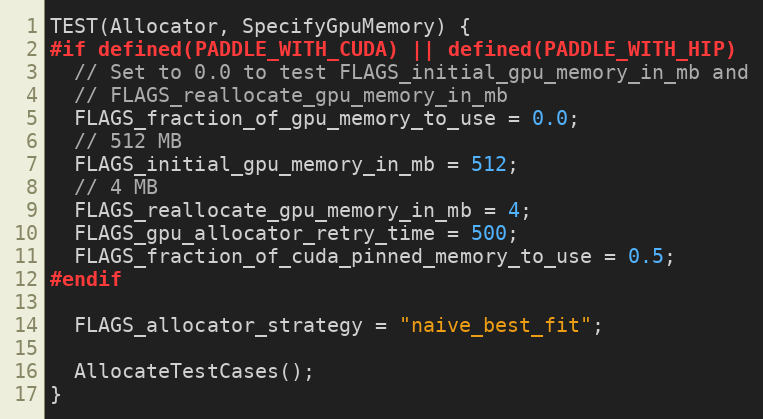
Language: C++
TEST(Allocator, SpecifyGpuMemory) {
#if defined(PADDLE_WITH_CUDA) || defined(PADDLE_WITH_HIP)
  // Set to 0.0 to test FLAGS_initial_gpu_memory_in_mb and
  // FLAGS_reallocate_gpu_memory_in_mb
  FLAGS_fraction_of_gpu_memory_to_use = 0.0;
  // 512 MB
  FLAGS_initial_gpu_memory_in_mb = 512;
  // 4 MB
  FLAGS_reallocate_gpu_memory_in_mb = 4;
  FLAGS_gpu_allocator_retry_time = 500;
  FLAGS_fraction_of_cuda_pinned_memory_to_use = 0.5;
#endif

  FLAGS_allocator_strategy = "naive_best_fit";

  AllocateTestCases();
}